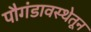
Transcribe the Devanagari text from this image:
पौगंडावस्थेतून